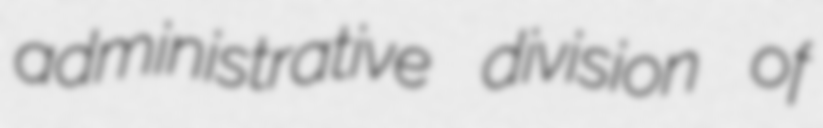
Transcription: administrative division of